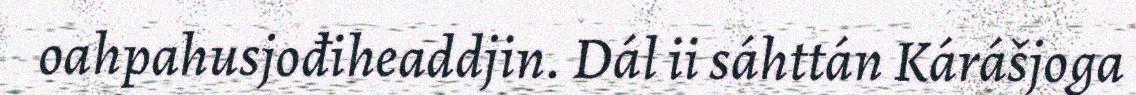
oahpahusjođiheaddjin. Dál ii sáhttán Kárášjoga